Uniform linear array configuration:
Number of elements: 8
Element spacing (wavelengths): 1
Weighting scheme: hamming
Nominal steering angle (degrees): -60
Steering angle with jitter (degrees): -59.985
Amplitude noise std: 0.05
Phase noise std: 0.05

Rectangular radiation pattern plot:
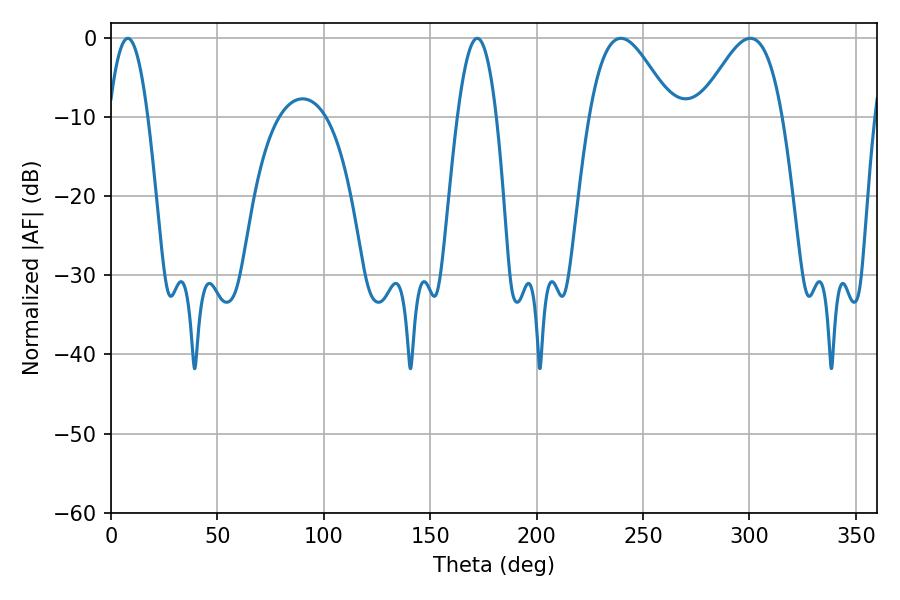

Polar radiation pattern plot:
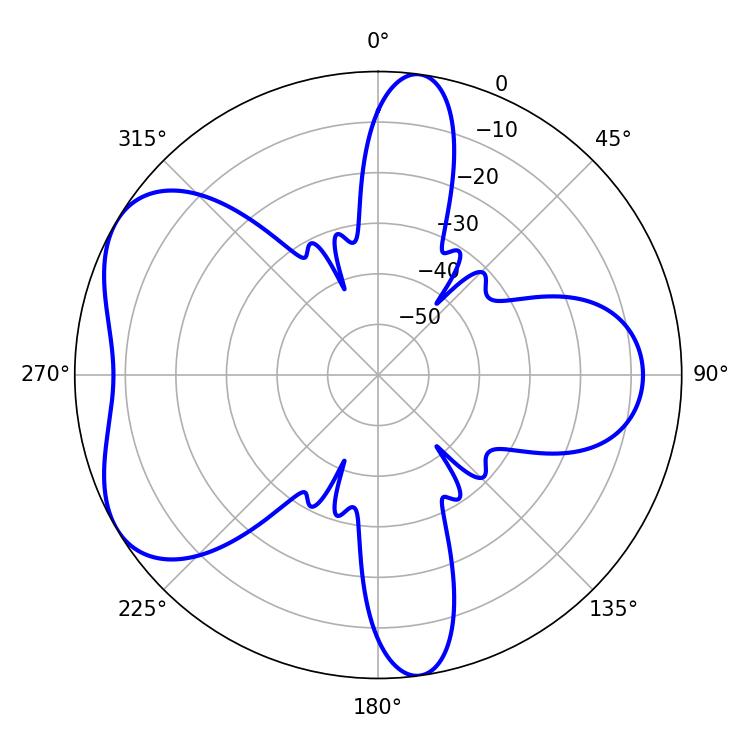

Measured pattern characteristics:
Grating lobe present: TRUE
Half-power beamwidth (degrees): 21.06
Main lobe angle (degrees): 239.58